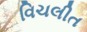
વિચલીત